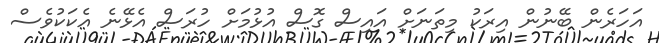
އަހަރެން ބޭނުން އިރަކު މިތަނަށް އައިސް ގޮސް އުޅުމަށް ހުރަސް އެޅޭނެ އެކަކުވެސް